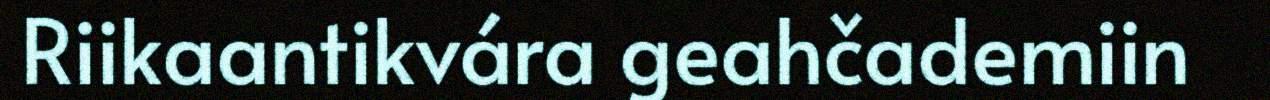
Riikaantikvára geahčademiin